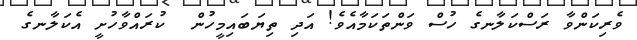
ވެރިކަންވާ ރަސްކަލާނގެ ހުސް ވަންތަކަމާއެވެ! އަދި ތިޔަބައިމީހުން  ކުރައްވާހުށީ އެކަލާނގެ